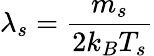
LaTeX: \lambda_{s}=\frac{m_{s}}{2k_{B}T_{s}}